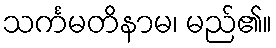
သင်္ကမတိနာမ၊ မည်၏။